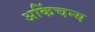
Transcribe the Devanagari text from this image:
अकिंचन्य